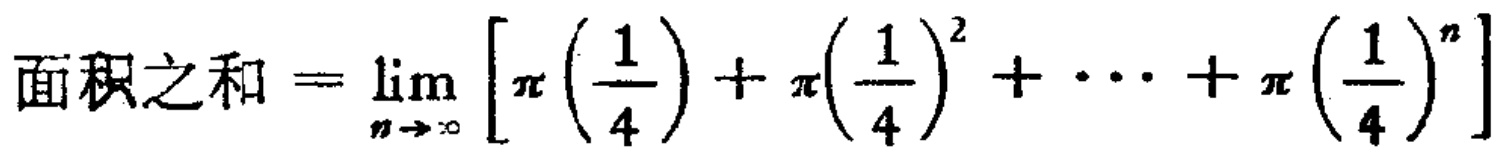
面积之和=\(\lim_{n \to \infty} \left[\pi \left(\frac{1}{4}\right) + \pi \left(\frac{1}{4}\right)^2 + \cdots + \pi \left(\frac{1}{4}\right)^n\right]\)